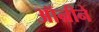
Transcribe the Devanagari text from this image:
ऑन्रीने